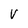
Character: v